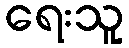
ရေးသူ